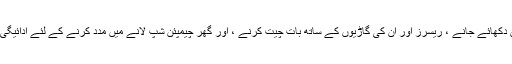
انہیں ریس میں دکھائے جانے ، ریسرز اور ان کی گاڑیوں کے ساتھ بات چیت کرنے ، اور گھر چیمپئن شپ لانے میں مدد کرنے کے لئے ادائیگی کی جاتی ہے۔